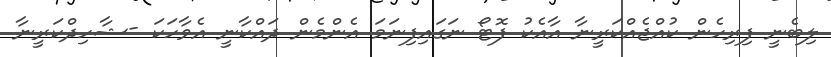
ލިބެނީ ފިރިހެން ކުއްޖެއްކަރީނާ އާއެކު ފޮޓޯ ނަގައިފިނަމަ އެންމެން ދައްކާނީ އެވާހަކަ -ޝާހިދްކަރީނާ